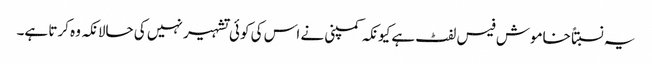
یہ نسبتاً خاموش فیس لفٹ ہے کیونکہ کمپنی نے اس کی کوئی تشہیر نہیں کی حالانکہ وہ کرتا ہے۔